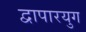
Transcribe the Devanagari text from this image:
द्वापारयुग